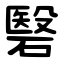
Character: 䃜